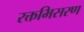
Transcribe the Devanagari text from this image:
रक्तभिसरण